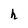
Character: h